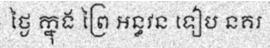
ថ្ងៃ ក្នុង ព្រៃ អន្ធវន ទៀប នគរ